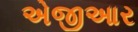
એજીઆર